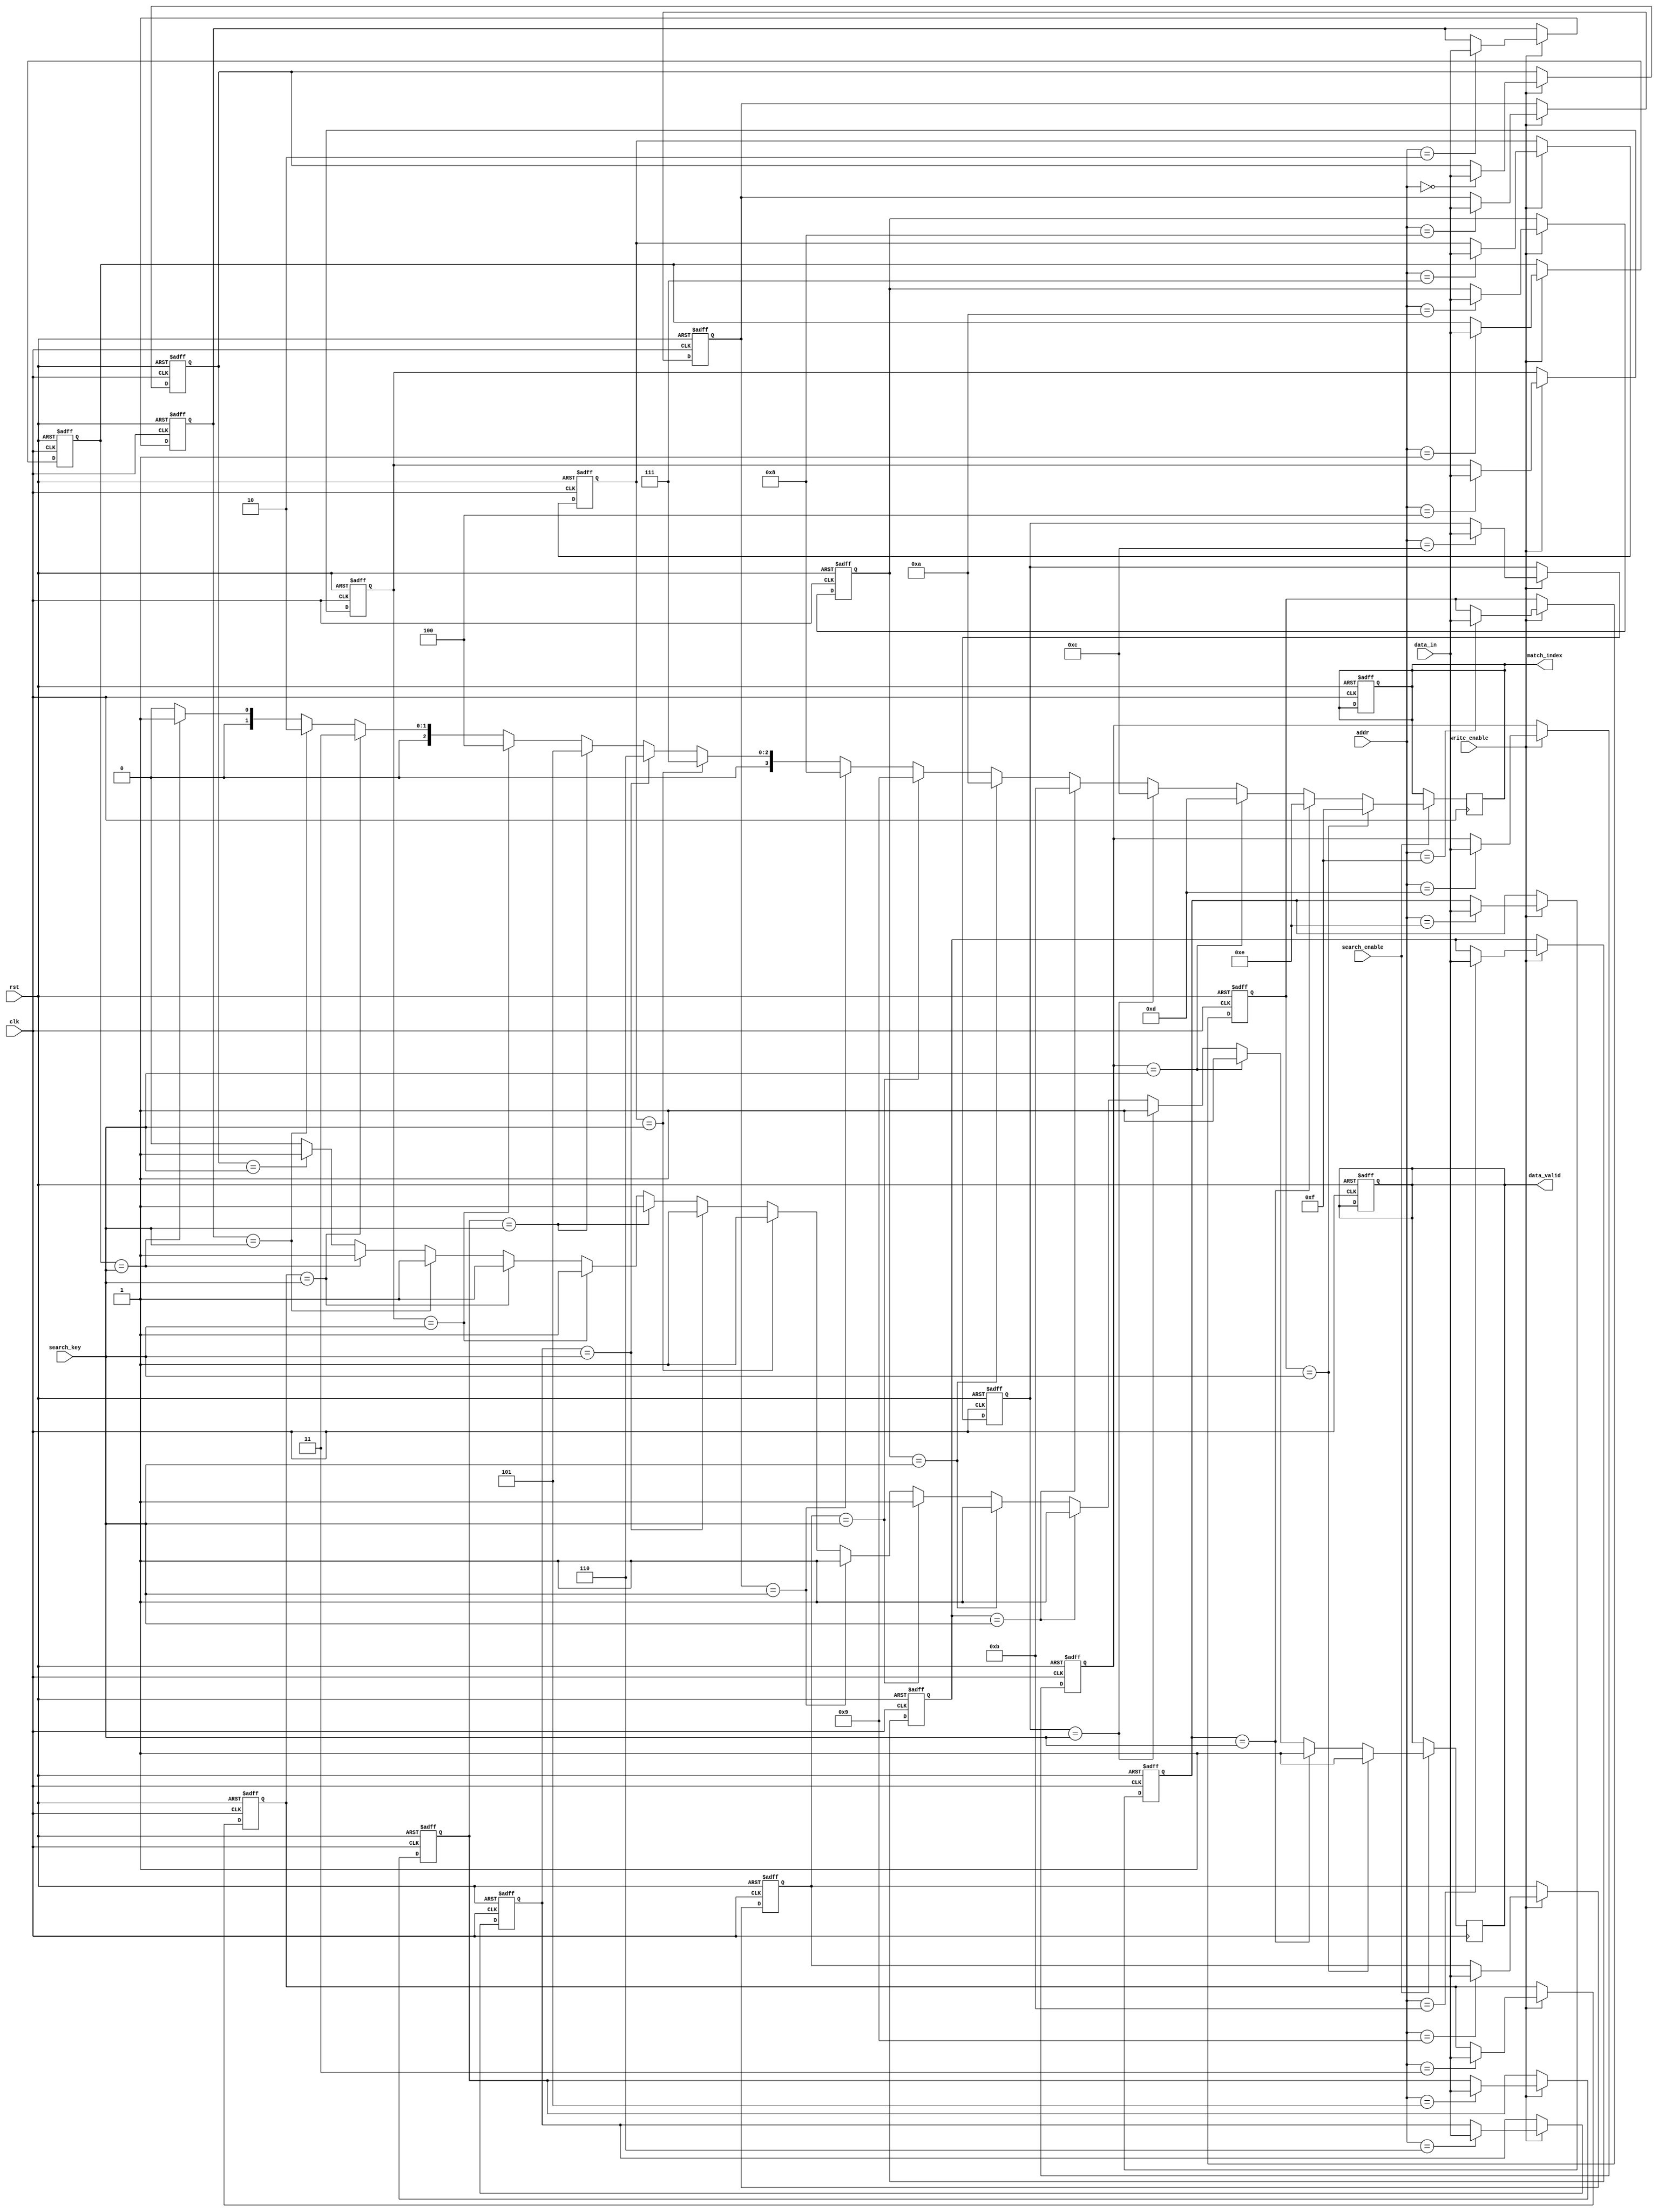
module CAM #(
    parameter DATA_WIDTH = 8,   // Width of data entries
    parameter ADDR_WIDTH = 4,    // Number of entries (2^ADDR_WIDTH)
    parameter MATCH_LINES = 1     // Number of match lines
)(
    input wire clk,
    input wire rst,
    input wire [DATA_WIDTH-1:0] data_in,   // Data to write
    input wire [ADDR_WIDTH-1:0] addr,       // Address for write
    input wire write_enable,                 // Write enable signal
    input wire [DATA_WIDTH-1:0] search_key, // Key to search
    input wire search_enable,                // Search enable signal
    output reg [ADDR_WIDTH-1:0] match_index, // Index of the matching entry
    output reg data_valid                    // Data valid signal
);

    // Memory array
    reg [DATA_WIDTH-1:0] memory_array [(1<<ADDR_WIDTH)-1:0];
    reg [MATCH_LINES-1:0] match_lines [(1<<ADDR_WIDTH)-1:0];

    integer i;

    // Write operation
    always @(posedge clk or posedge rst) begin
        if (rst) begin
            // Initialize memory on reset
            for (i = 0; i < (1 << ADDR_WIDTH); i = i + 1) begin
                memory_array[i] <= {DATA_WIDTH{1'b0}};
                match_lines[i] <= {MATCH_LINES{1'b0}};
            end
            match_index <= {ADDR_WIDTH{1'b0}};
            data_valid <= 1'b0;
        end else if (write_enable) begin
            // Write data to the specified address
            memory_array[addr] <= data_in;
        end
    end

    // Search operation
    always @(posedge clk) begin
        if (search_enable) begin
            data_valid <= 1'b0; // Reset data valid signal
            match_index <= {ADDR_WIDTH{1'b0}}; // Reset match index
            for (i = 0; i < (1 << ADDR_WIDTH); i = i + 1) begin
                if (memory_array[i] == search_key) begin
                    match_lines[i] <= 1'b1; // Set match line for this entry
                    match_index <= i; // Update match index
                    data_valid <= 1'b1; // Set data valid
                end else begin
                    match_lines[i] <= 1'b0; // Clear match line
                end
            end
        end
    end

endmodule